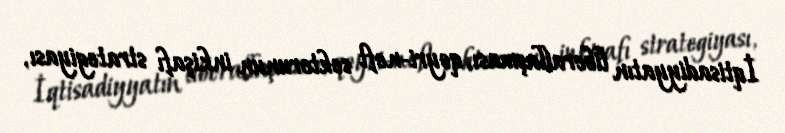
İqtisadiyyatın liberallaşması, qeyri-neft sektorunun inkişafı strategiyası,